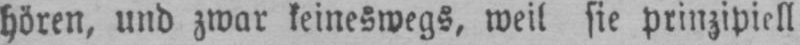
hören, und zwar keineswegs, weil sie prinzipiell